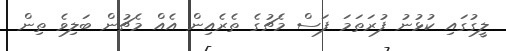
ލީގުގައި ކުޅުނު ފުރަތަމަ ފަސް މެޗުގެ ތެރެއިން އެއް މެޗުން ބަލިވެ ތިން